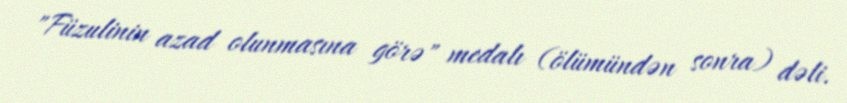
"Füzulinin azad olunmasına görə" medalı (ölümündən sonra) dəli.